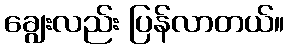
ချွေးလည်း ပြန်လာတယ်။